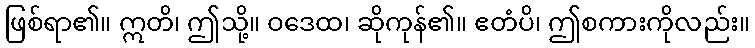
ဖြစ်ရာ၏။ ဣတိ၊ ဤသို့။ ဝဒေထ၊ ဆိုကုန်၏။ ဧတံပိ၊ ဤစကားကိုလည်း။